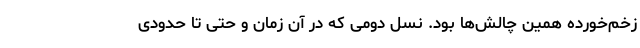
زخم‌خورده همین چالش‌ها بود. نسل دومی که در آن زمان و حتی تا حدودی